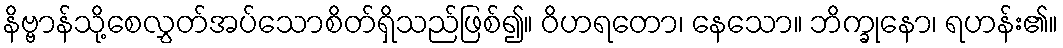
နိဗ္ဗာန်သို့စေလွှတ်အပ်သောစိတ်ရှိသည်ဖြစ်၍။ ဝိဟရတော၊ နေသော။ ဘိက္ခုနော၊ ရဟန်း၏။